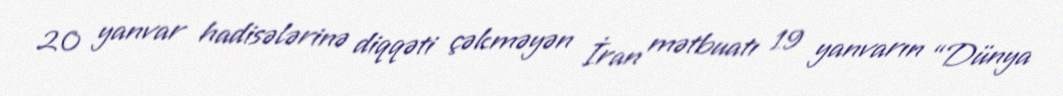
20 yanvar hadisələrinə diqqəti çəkməyən İran mətbuatı 19 yanvarın “Dünya